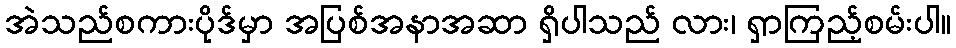
အဲသည်စကားပိုဒ်မှာ အပြစ်အနာအဆာ ရှိပါသည် လား၊ ရှာကြည့်စမ်းပါ။